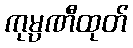
ကုမ္ပဏီထုတ်